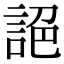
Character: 𧧘